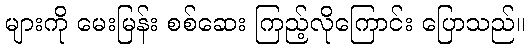
များကို မေးမြန်း စစ်ဆေး ကြည့်လိုကြောင်း ပြောသည်။